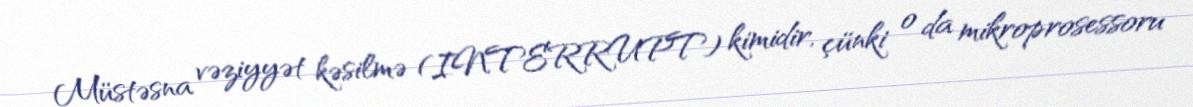
Müstəsna vəziyyət kəsilmə (INTERRUPT) kimidir, çünki o da mikroprosessoru